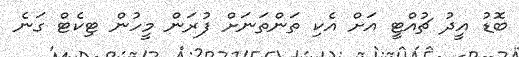
ބޮޑު އީދު ޗުއްޓީ އަށް އެކި ތަންތަނަށް ފުރަން މީހުން ޓިކެޓް ގަނެ